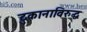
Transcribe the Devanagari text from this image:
दुकानाविरुद्ध